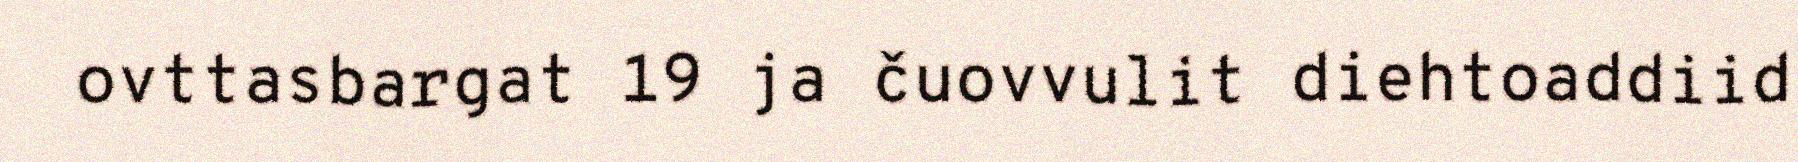
ovttasbargat 19 ja čuovvulit diehtoaddiid